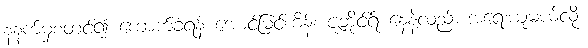
နံနက်မှစတင်၍ ကောက်ခံရန် အောင်မြင်ကိန်း ဇူဘိုင်ရ် နေနဲ့လည်း အရေးယူမယ်လို့